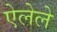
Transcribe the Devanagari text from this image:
ऐलेले